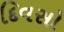
દિવસો